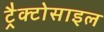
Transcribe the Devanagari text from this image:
ट्रैक्टोसाइल